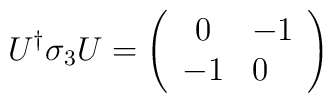
U^{\dag}\sigma_{3}U=\left ( \begin{array}{clcr}0 & -1 \\-1 & 0 \end{array} \right)